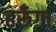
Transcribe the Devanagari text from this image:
हरूँगा